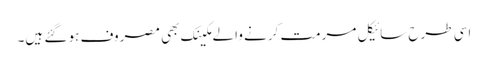
اسی طرح سائیکل مرمت کرنے والے مکینک بھی مصروف ہو گئے ہیں۔